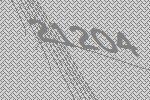
21204